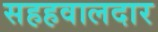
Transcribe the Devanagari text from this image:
सहहवालदार